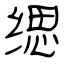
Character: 缌